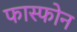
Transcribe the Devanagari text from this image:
फास्फोन